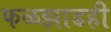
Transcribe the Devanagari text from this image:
फळझाडही